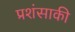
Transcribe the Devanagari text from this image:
प्रशंसाकी